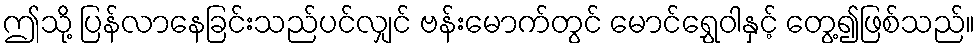
ဤသို့ ပြန်လာနေခြင်းသည်ပင်လျှင် ဗန်းမောက်တွင် မောင်ရွှေဝါနှင့် တွေ့၍ဖြစ်သည်။